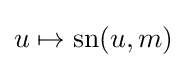
u\mapsto \operatorname {sn} (u,m)